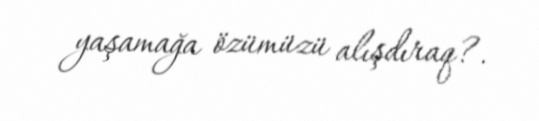
yaşamağa özümüzü alışdıraq?.